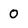
Character: 0